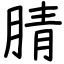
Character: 腈